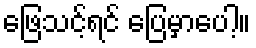
ဖြေသင့်ရင် ပြေမှာပေါ့။